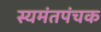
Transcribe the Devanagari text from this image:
स्यमंतपंचक